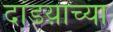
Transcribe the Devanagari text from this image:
दांडय़ाच्या